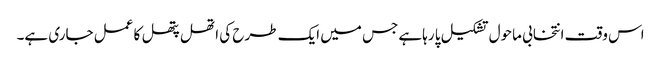
اس وقت انتخابی ماحول تشکیل پا رہاہے جس میں ایک طرح کی اتھل پتھل کا عمل جاری ہے۔